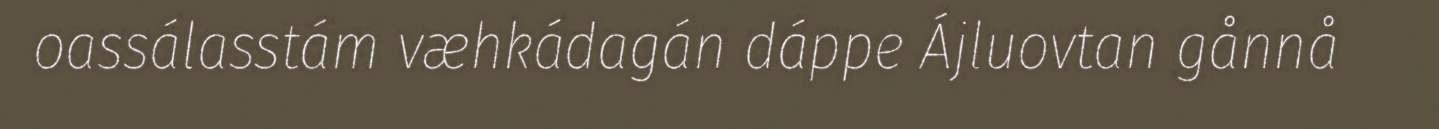
oassálasstám væhkádagán dáppe Ájluovtan gånnå